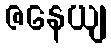
ဇနေယျ